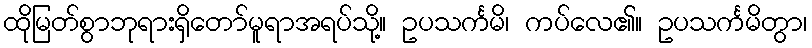
ထိုမြတ်စွာဘုရားရှိတော်မူရာအရပ်သို့။ ဥပသင်္ကမိ၊ ကပ်လေ၏။ ဥပသင်္ကမိတွာ၊